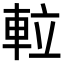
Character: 𨋢